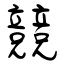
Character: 競